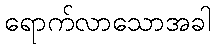
ရောက်လာသောအခါ